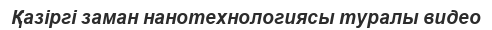
Қазіргі заман нанотехнологиясы туралы видео